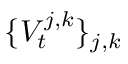
\{ V _ { t } ^ { j , k } \} _ { j , k }